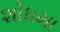
શોધમા